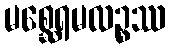
မစ္ဆေရမလဉ္စဿ